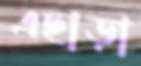
এছাড়া